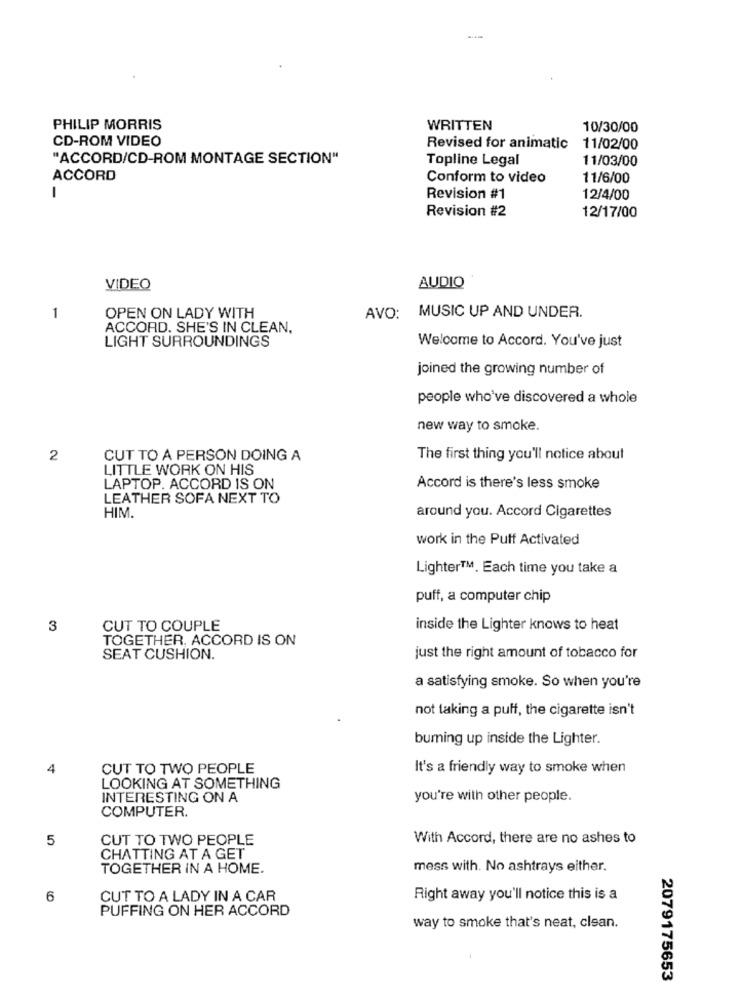
PHILIP MORRIS
WRITTEN
10/30/00
CD-ROM VIDEO
Revised for animatic
11/02/00
"ACCORD/CD-ROM MONTAGE SECTION"
Topline Legal
11/03/00
ACCORD
Conform to video
11/6/00
Revision #1
12/4/00
Revision #2
12/17/00
VIDEO
AUDIO
1
OPEN ON LADY WITH
AVO: MUSIC UP AND UNDER.
ACCORD. SHE'S IN CLEAN.
LIGHT SURROUNDINGS
Welcome to Accord. You've just
joined the growing number of
people who've discovered a whole
new way to smoke.
2
CUT TO A PERSON DOING A
The first thing you'll notice about
LITTLE WORK ON HIS
LAPTOP. ACCORD IS ON
Accord is there's less smoke
LEATHER SOFA NEXT TO
HIM.
around you. Accord Cigarettes
work in the Puff Activated
Lighter™. Each time you take a
puff, a computer chip
3
CUT TO COUPLE
inside the Lighter knows to heat
TOGETHER, ACCORD IS ON
SEAT CUSHION.
just the right amount of tobacco for
a satisfying smoke. So when you're
not taking a puff, the cigarette isn't
buming up inside the Lighter.
4
CUT TO TWO PEOPLE
It's a friendly way to smoke when
LOOKING AT SOMETHING
INTERESTING ON A
you're with other people.
COMPUTER.
5
CUT TO TWO PEOPLE
With Accord, there are no ashes to
CHATTING AT A GET
TOGETHER IN A HOME.
mess with. No ashtrays either.
6
CUT TO A LADY IN A CAR
Right away you'll notice this is a
PUFFING ON HER ACCORD
way to smoke that's neat, clean.
2079175653